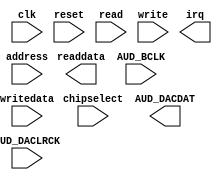

module soc_audio (
	clk,
	reset,
	address,
	chipselect,
	read,
	write,
	writedata,
	readdata,
	irq,
	AUD_BCLK,
	AUD_DACDAT,
	AUD_DACLRCK);	

	input		clk;
	input		reset;
	input	[1:0]	address;
	input		chipselect;
	input		read;
	input		write;
	input	[31:0]	writedata;
	output	[31:0]	readdata;
	output		irq;
	input		AUD_BCLK;
	output		AUD_DACDAT;
	input		AUD_DACLRCK;
endmodule